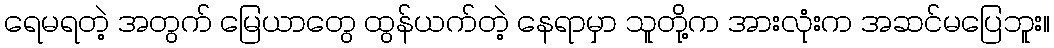
ရေမရတဲ့ အတွက် မြေယာတွေ ထွန်ယက်တဲ့ နေရာမှာ သူတို့က အားလုံးက အဆင်မပြေဘူး။